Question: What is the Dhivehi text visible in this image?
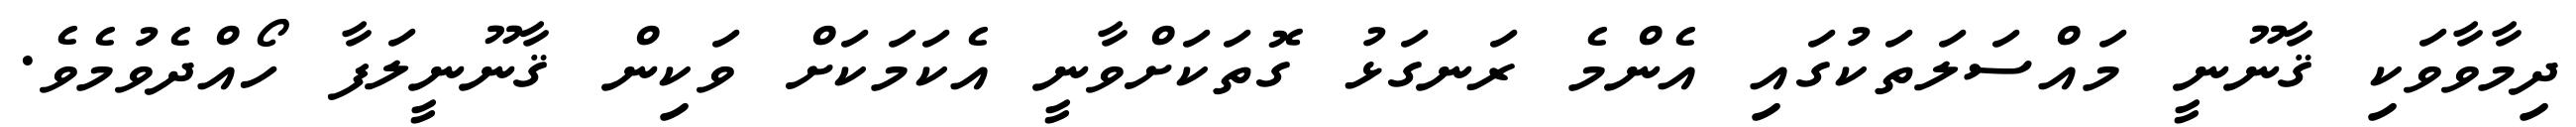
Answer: ދިމާވާވަކި ޤާނޫނީ މައްސަލަތަކުގައި އެންމެ ރަނގަޅު ގޮތަކަށްވާނީ އެކަމަކަށް ވަކިން ޤާނޫނީލަފާ ހޯއްދެވުމެވެ.